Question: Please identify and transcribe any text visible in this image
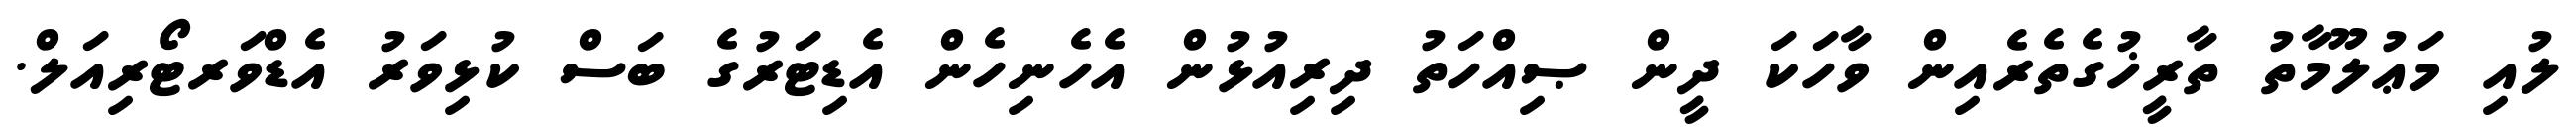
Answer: ލުއި މަޢުލޫމާތު ތާރީޚުގެތެރެއިން ވާހަކަ ދީން ޞިއްހަތު ދިރިއުޅުން އެހެނިހެން އެޑިޓަރުގެ ބަސް ކުޅިވަރު އެޑްވަރޓޯރިއަލް.